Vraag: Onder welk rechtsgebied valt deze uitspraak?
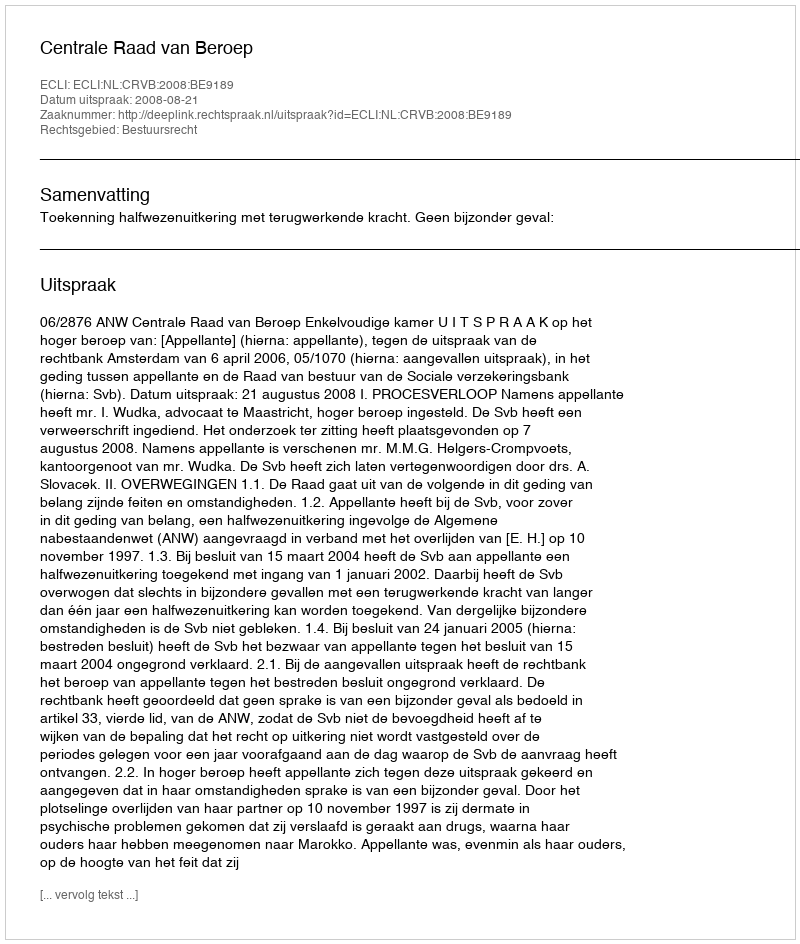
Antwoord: Bestuursrecht